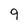
Character: 9